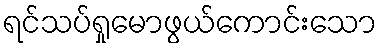
ရင်သပ်ရှုမောဖွယ်ကောင်းသော